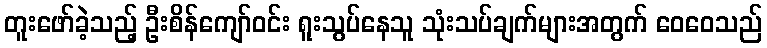
တူးဖော်ခဲ့သည့် ဦးစိန်ကျော်ဝင်း ရူးသွပ်နေသူ သုံးသပ်ချက်များအတွက် ဝေဝေသည်